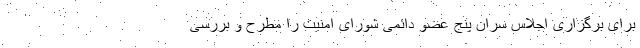
برای برگزاری اجلاس سران پنج عضو دائمی شورای امنیت را مطرح و بررسی